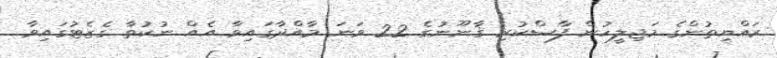
ރައްޔިތުންގެ މަޖިލީހުން ފާސްކުރި ޤާނޫނުގެ 22 ވަނަ މާއްދާގައިވާ އެއް ނުކުތާ ގެޒެޓުގައިވާ